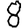
Digit: 8